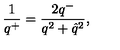
\frac { 1 } { q ^ { + } } = \frac { 2 q ^ { - } } { q ^ { 2 } + \hat { q } ^ { 2 } } ,